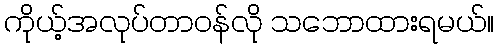
ကိုယ့်အလုပ်တာဝန်လို သဘောထားရမယ်။